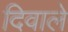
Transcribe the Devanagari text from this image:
दिवाले